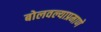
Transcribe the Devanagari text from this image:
बोलवल्याप्रमाणे